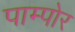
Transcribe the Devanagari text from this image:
पाम्पोर